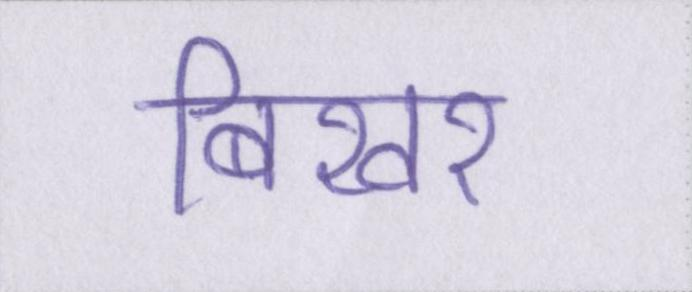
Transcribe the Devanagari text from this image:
बिखर